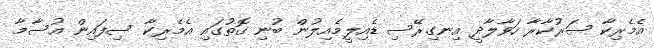
އެމެރިކާ ސަރުކާރާ ހަވާލާދީ އިނގިރޭސި ޑެއިލީމެއިލުން ބުނި ގޮތުގައި އެމެރިކާ ސިފައިން އުސާމާ